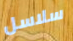
سلاسل